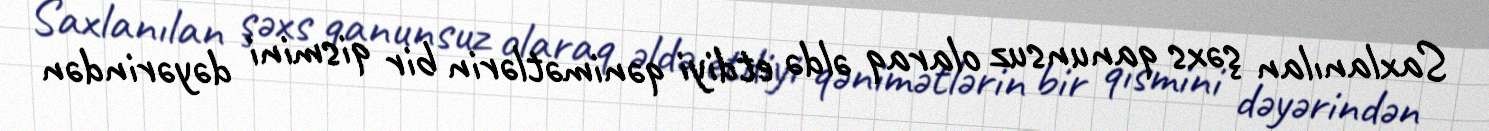
Saxlanılan şəxs qanunsuz olaraq əldə etdiyi qənimətlərin bir qismini dəyərindən